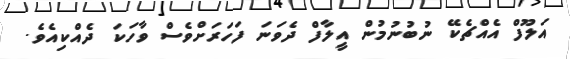
އަލޫފް އެއްޗެކޭ ނުބުނުމުން އީލާފް ދެވަނަ ފަހަރަށްވެސް ވާހަކަ ދެއްކިއެވެ.